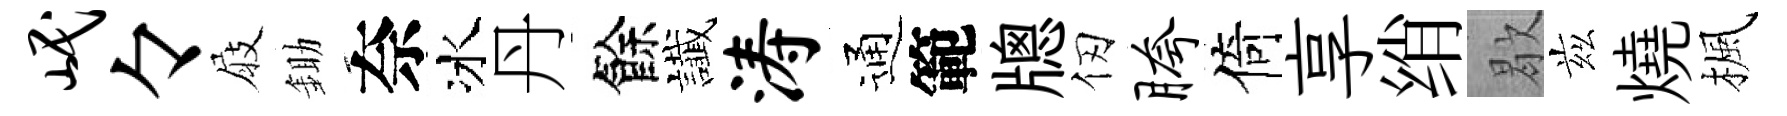
岷々屐鋤奈冰丹餘䜟涛通範牕仞胯倚享绡歇兹燒楓